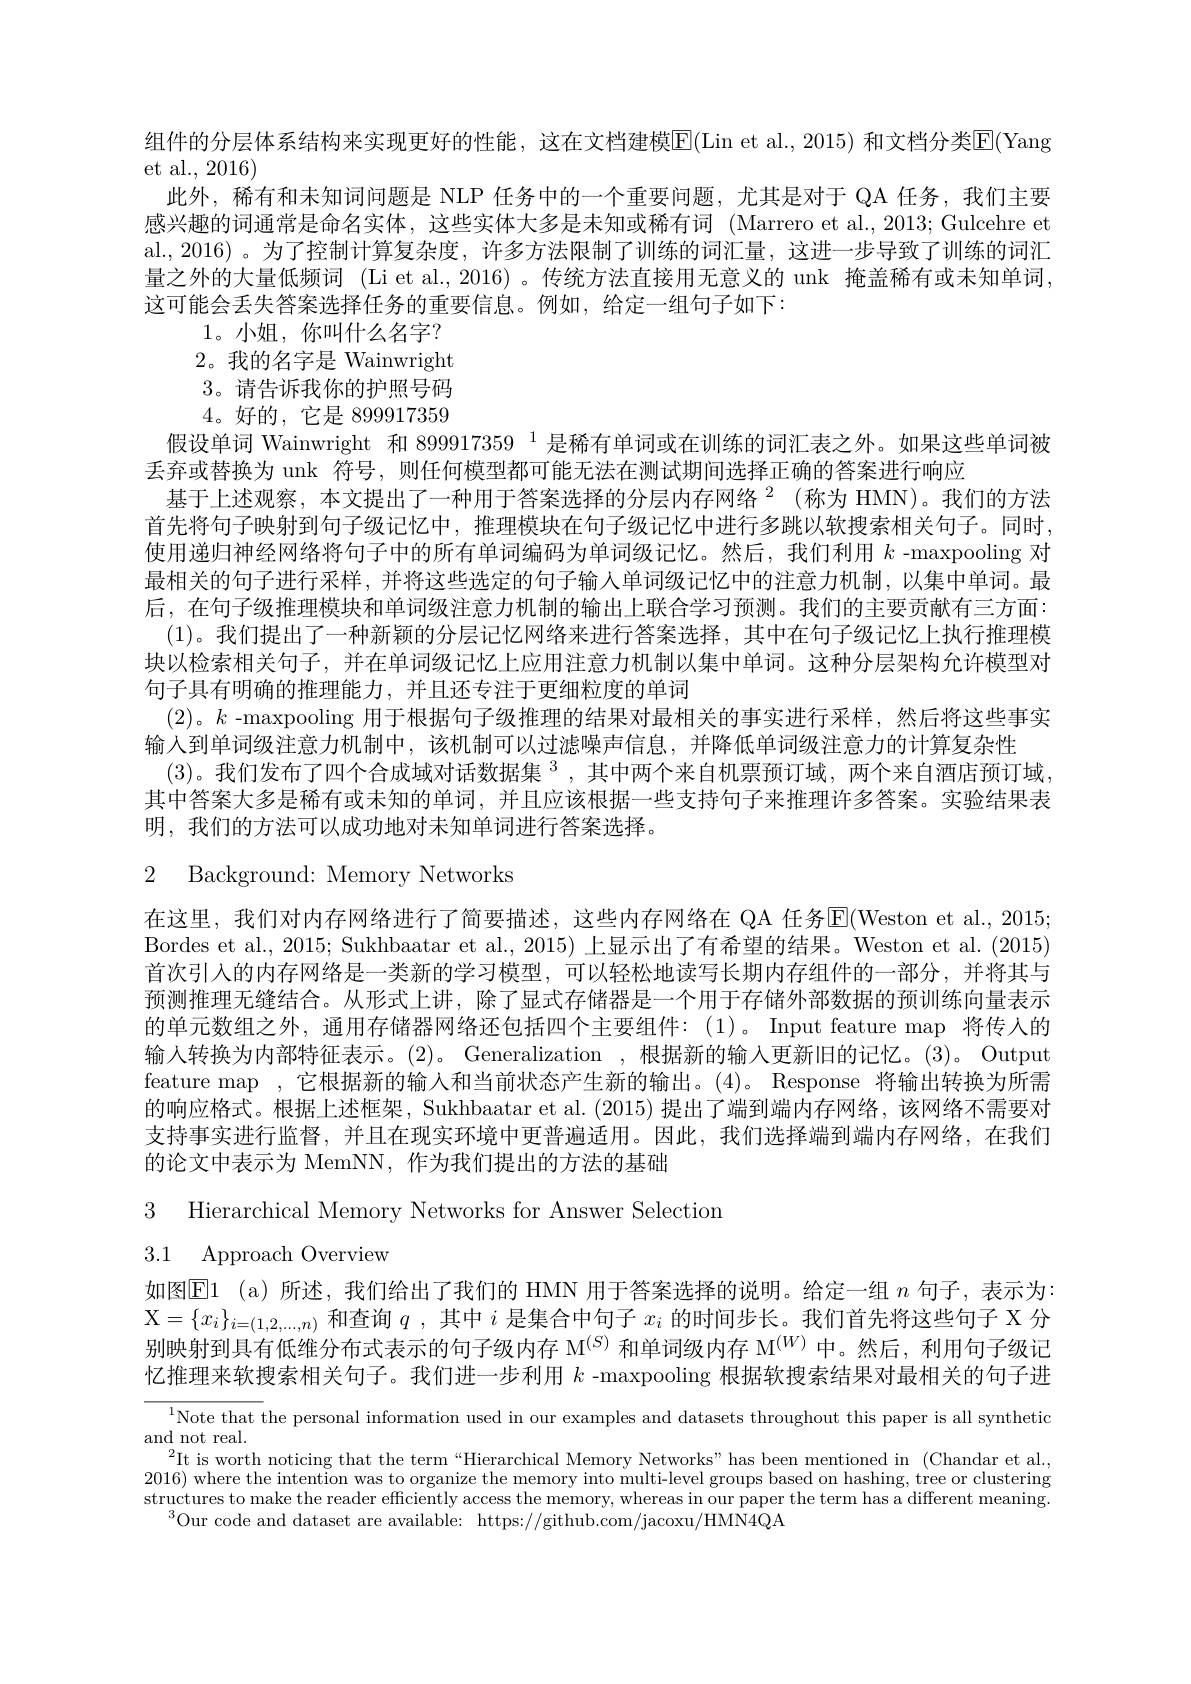
组件的分层体系结构来实现更好的性能，这在文档建模E(Lin et al., 2015) 和文档分类E(Yang
et al., 2016)
此外，稀有和未知词问题是 NLP 任务中的一个重要问题，尤其是对于 QA 任务，我们主要感兴趣的词通常是命名实体，这些实体大多是未知或稀有词 (Marrero et al.,2013; Gulcehre et al.,2016)。为了控制计算复杂度，许多方法限制了训练的词汇量，这进一步导致了训练的词汇量之外的大量低频词 (Li et al., 2016)。传统方法直接用无意义的 unk 掩盖稀有或未知单词这可能会丢失答案选择任务的重要信息。例如，给定一组句子如下：
1。小姐，你叫什么名字？ 2。我的名字是 Wainwright 3。请告诉我你的护照号码4。好的，它是 899917359
假设单词 Wainwright 和 899917359 $^{1}$是稀有单词或在训练的词汇表之外。如果这些单词被
丢弃或替换为 unk 符号，则任何模型都可能无法在测试期间选择正确的答案进行响应
基于上述观察，本文提出了一种用于答案选择的分层内存网络$^{2}$ (称为 HMN)。我们的方法首先将句子映射到句子级记忆中，推理模块在句子级记忆中进行多跳以软搜索相关句子。同时， 使用递归神经网络将句子中的所有单词编码为单词级记忆。然后，我们利用$k$ -maxpooling 对最相关的句子进行采样，并将这些选定的句子输入单词级记忆中的注意力机制，以集中单词。最后，在句子级推理模块和单词级注意力机制的输出上联合学习预测。我们的主要贡献有三方面： (1)。我们提出了一种新颖的分层记忆网络来进行答案选择，其中在句子级记忆上执行推理模块以检索相关句子，并在单词级记忆上应用注意力机制以集中单词。这种分层架构允许模型对句子具有明确的推理能力，并且还专注于更细粒度的单词
(2)。$k$ -maxpooling 用于根据句子级推理的结果对最相关的事实进行采样，然后将这些事实
输入到单词级注意力机制中，该机制可以过滤噪声信息，并降低单词级注意力的计算复杂性
(3)。我们发布了四个合成域对话数据集$^3$,其中两个来自机票预订域，两个来自酒店预订域， 其中答案大多是稀有或未知的单词，并且应该根据一些支持句子来推理许多答案。实验结果表明，我们的方法可以成功地对未知单词进行答案选择。
2 Background: Memory Networks
在这里，我们对内存网络进行了简要描述，这些内存网络在 QA 任务$\overline{\mathrm{E}}($Weston et al.,2015; Bordes et al., 2015; Sukhbaatar et al., 2015) 上显示出了有希望的结果。Weston et al. (2015) 首次引入的内存网络是一类新的学习模型，可以轻松地读写长期内存组件的一部分，并将其与预测推理无缝结合。从形式上讲，除了显式存储器是一个用于存储外部数据的预训练向量表示的单元数组之外，通用存储器网络还包括四个主要组件：(1)。Input feature map 将传人的输入转换为内部特征表示。(2)。Generalization , 根据新的输入更新旧的记忆。(3)。Output feature map ,它根据新的输人和当前状态产生新的输出。(4)。Response 将输出转换为所需的响应格式。根据上述框架，Sukhbaatar et al. (2015)提出了端到端内存网络，该网络不需要对支持事实进行监督，并且在现实环境中更普遍适用。因此，我们选择端到端内存网络，在我们的论文中表示为 MemNN, 作为我们提出的方法的基础
3 Hierarchical Memory Networks for Answer Selectiom

3.1 Approach Overview

如图$\operatorname{E1}$ (a)所述，我们给出了我们的 HMN 用于答案选择的说明。给定一组 $n$ 句子，表示为： $\mathcal{X}=\{x_i\}_{i=(1,2,...,n)}$和查询$q$ ,其中$i$是集合中句子$x_i$的时间步长。我们首先将这些句子 X 分别映射到具有低维分布式表示的句子级内存 M$^{(S)}$和单词级内存 M$^{(W)}$中。然后，利用句子级记忆推理来软搜索相关句子。我们进一步利用$k$ -maxpooling 根据软搜索结果对最相关的句子进

$^{1}$Note that the personal information used in our examples and datasets throughout this paper is all synthetic
and not real.
$^{2}$It is worth noticing that the term“Hierarchical Memory Networks”has been mentioned in (Chandar et al, 2016) where the intention was to organize the memory into multi-level groups based on hashing, tree or clustering $\begin{array}{c}\text{structures to make the reader efficiently access the memory, whereas in our paper the term has a different meaning.}\end{array}$
$^{3}$Our code and dataset are available: https://github.com/jacoxu/HMN4QA